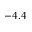
- 4 . 4